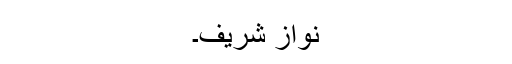
نواز شریف۔